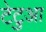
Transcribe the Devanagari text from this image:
टेटुआ